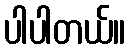
ပါပါတယ်။